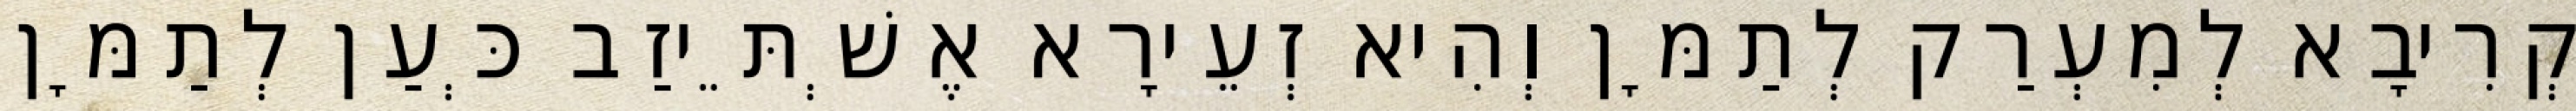
קְרִיבָא לְמִעְרַק לְתַמָּן וְהִיא זְעֵירָא אֶשְׁתֵּיזַב כְּעַן לְתַמָּן